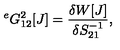
{ } ^ { e } G _ { 1 2 } ^ { 2 } [ J ] = \frac { \delta W [ J ] } { \delta S _ { 2 1 } ^ { - 1 } } ,